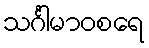
သင်္ဂါမာဝစရေ